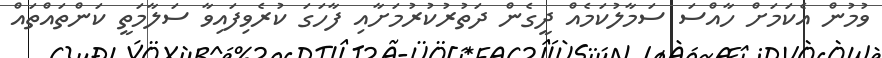
ވުމުން އެކަމަށް ހާއްސަ ސަމާލުކަމެއް ދީގެން ދަތުރުކުރުމަށާއި ފާހަގަ ކުރެވިފައިވާ ސަލާމަތީ ކަންތައްތައް